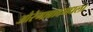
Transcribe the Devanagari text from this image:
औरंगाबादमधला